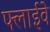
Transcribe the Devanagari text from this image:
फ्लाईवे